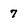
Character: 7